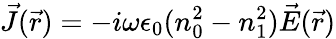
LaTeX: \vec{J}(\vec{r})=-i\omega\epsilon_{0}(n_{0}^{2}-n_{1}^{2})\vec{E}(\vec{r})